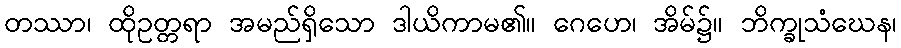
တဿာ၊ ထိုဥတ္တရာ အမည်ရှိသော ဒါယိကာမ၏။ ဂေဟေ၊ အိမ်၌။ ဘိက္ခုသံဃေန၊